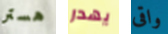
هستر يهدر واقى